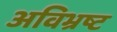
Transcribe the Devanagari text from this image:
अविभ्रष्ट